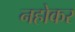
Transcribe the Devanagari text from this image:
नहोकर